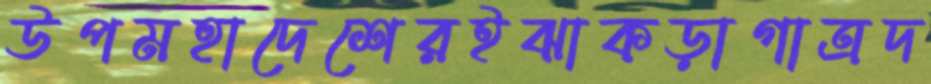
উপমহাদেশেরইঝাকড়াগাত্রদ